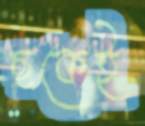
ছকেই